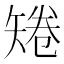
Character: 𥏙